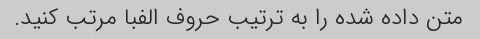
متن داده شده را به ترتیب حروف الفبا مرتب کنید.